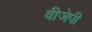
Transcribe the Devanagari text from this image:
वीजेपी